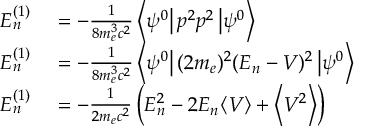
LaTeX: \begin{array} { r l } { E _ { n } ^ { ( 1 ) } } & { { } = - { \frac { 1 } { 8 m _ { e } ^ { 3 } c ^ { 2 } } } \left\langle \psi ^ { 0 } \right\vert p ^ { 2 } p ^ { 2 } \left\vert \psi ^ { 0 } \right\rangle } \\ { E _ { n } ^ { ( 1 ) } } & { { } = - { \frac { 1 } { 8 m _ { e } ^ { 3 } c ^ { 2 } } } \left\langle \psi ^ { 0 } \right\vert ( 2 m _ { e } ) ^ { 2 } ( E _ { n } - V ) ^ { 2 } \left\vert \psi ^ { 0 } \right\rangle } \\ { E _ { n } ^ { ( 1 ) } } & { { } = - { \frac { 1 } { 2 m _ { e } c ^ { 2 } } } \left( E _ { n } ^ { 2 } - 2 E _ { n } \langle V \rangle + \left\langle V ^ { 2 } \right\rangle \right) } \end{array}